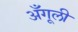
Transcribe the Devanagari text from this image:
अँगूली